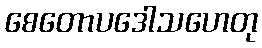
စေတောပဒေါသဟေတု